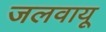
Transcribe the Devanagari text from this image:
जलवायू